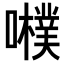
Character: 𡃾